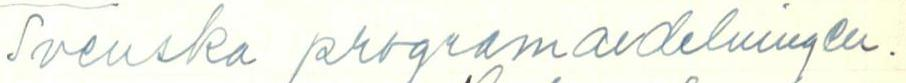
Svenska programavdelningen